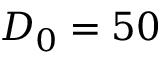
D _ { 0 } = 5 0